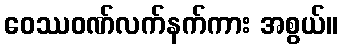
ဝေဿဝဏ်လက်နက်ကား အစွယ်။